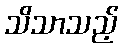
သိသာသည့်